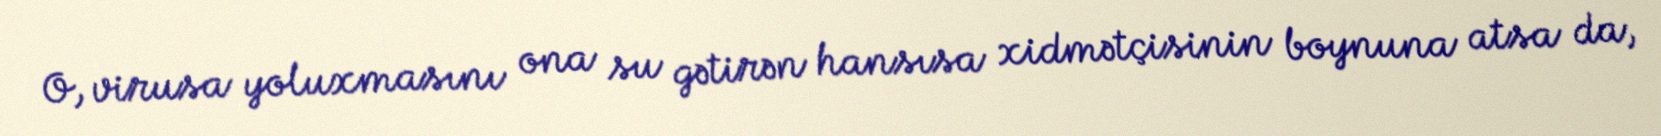
O, virusa yoluxmasını ona su gətirən hansısa xidmətçisinin boynuna atsa da,